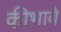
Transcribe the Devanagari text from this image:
कीभावे